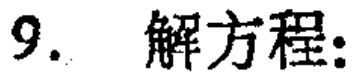
9. 解方程: